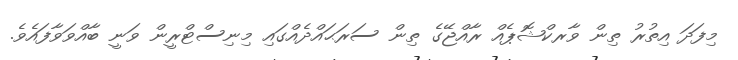
މިފަދަ އިތުރު ތިން ވާރކްޝޮޕެއް ރާއްޖޭގެ ތިން ސަރަޙައްދެއްގައި މިނިސްޓްރީން ވަނީ ބާއްވަވާފައެވެ.